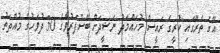
އޭގެ ތެރޭގައި ކުރީގެ ރައީސް މުހައްމަދު ނަޝީދަށް ބޭސްފަރުވާގެ 30 ދުވަހުގެ މުއްދަތު